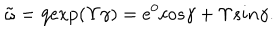
\tilde { \omega } = \mathrm { q e x p } ( \Upsilon \gamma ) = e ^ { 0 } c o s \gamma + \Upsilon s i n \gamma .